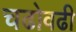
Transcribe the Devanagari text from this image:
चढोवढी